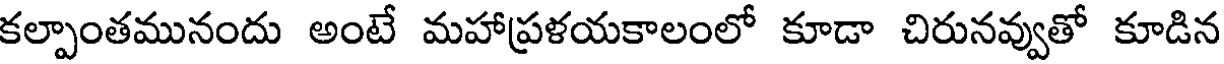
కల్పాంతమునందు అంటే మహాప్రళయకాలంలో కూడా చిరునవ్వుతో కూడిన